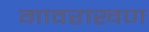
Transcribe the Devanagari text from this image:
गावराखण